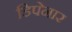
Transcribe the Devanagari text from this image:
डिपेनार